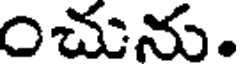
చును.